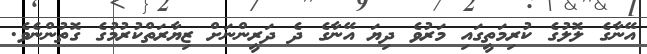
އޭނާގެ ލޮލުގެ ކުރިމަތީގައި މަރުވެ ދިޔަ އޭނާގެ ދެ ދަރީންނަށް ޒިޔާރަތްކުރުމުގެ ގޮތުންނެވެ.